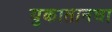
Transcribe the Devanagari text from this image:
युकातानचा